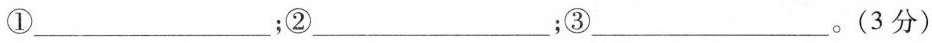
①___；②___；③___。(3分)